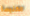
الكنيسة